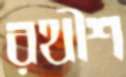
রথীশ